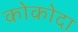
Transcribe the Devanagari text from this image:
कोकोदा